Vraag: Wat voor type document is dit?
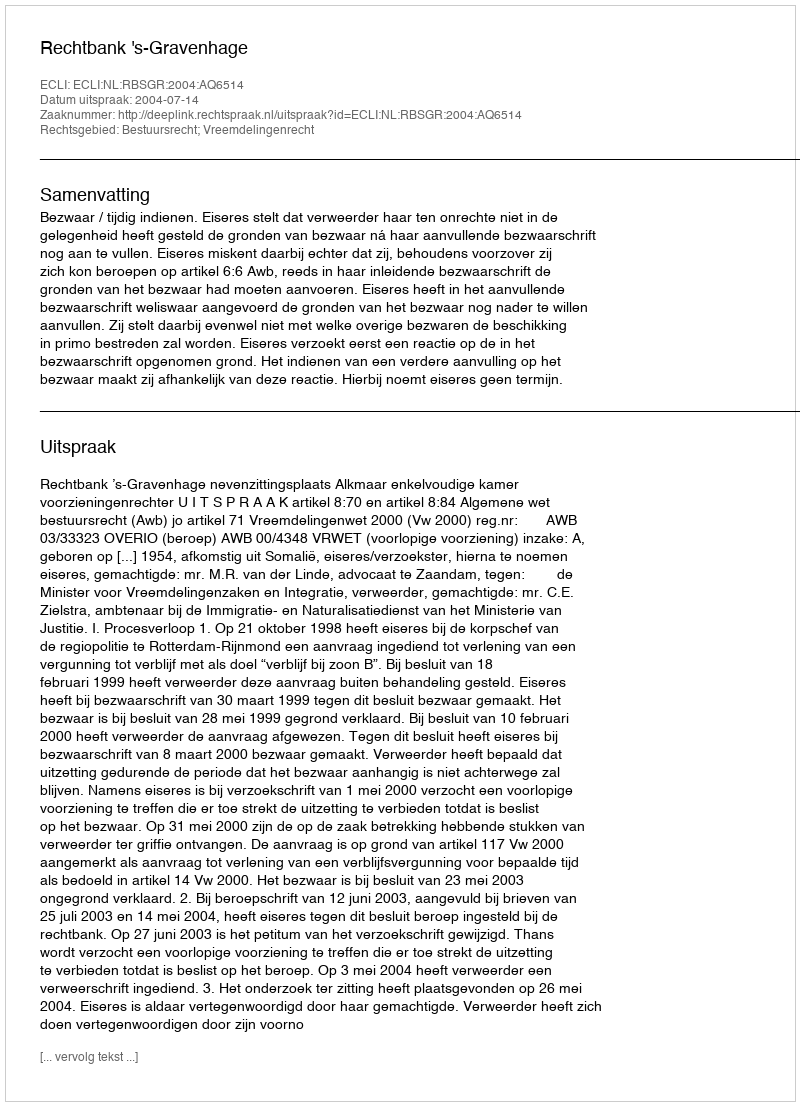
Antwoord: Uitspraak